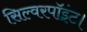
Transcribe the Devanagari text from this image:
सिल्वरपॉइंट।